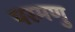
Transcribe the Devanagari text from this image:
परमणु